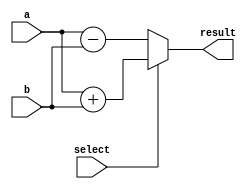
module if_else_with_ternary (
    input a,
    input b,
    input select,
    output reg result
);

always @(*) begin
    result = (select) ? (a + b) : (a - b);
    
    if (select) begin
        result = a + b;
    end
    else begin
        result = a - b;
    end
end

endmodule